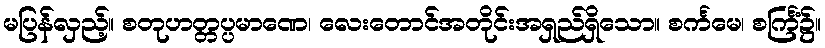
မပြန်လှည့်။ စတုဟတ္တပ္ပမာဏေ၊ လေးတောင်အတိုင်းအရှည်ရှိသော။ စင်္ကမေ၊ စင်္ကြံ၌။